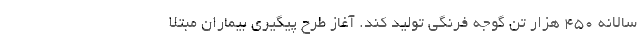
سالانه 450 هزار تن گوجه فرنگی تولید کند. آغاز طرح پیگیری بیماران مبتلا